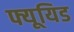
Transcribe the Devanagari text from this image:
फ्यूयिड